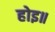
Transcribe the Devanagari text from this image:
होइ॥